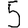
Digit: 5